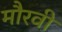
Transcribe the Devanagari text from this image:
मौरवी